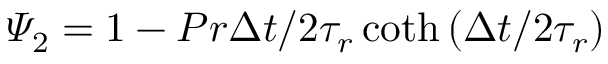
{ { \varPsi } _ { 2 } } = 1 - { P r \Delta t } / { 2 { { \tau } _ { r } } \coth \left( { \Delta t } / { 2 { { \tau } _ { r } } } \right) }